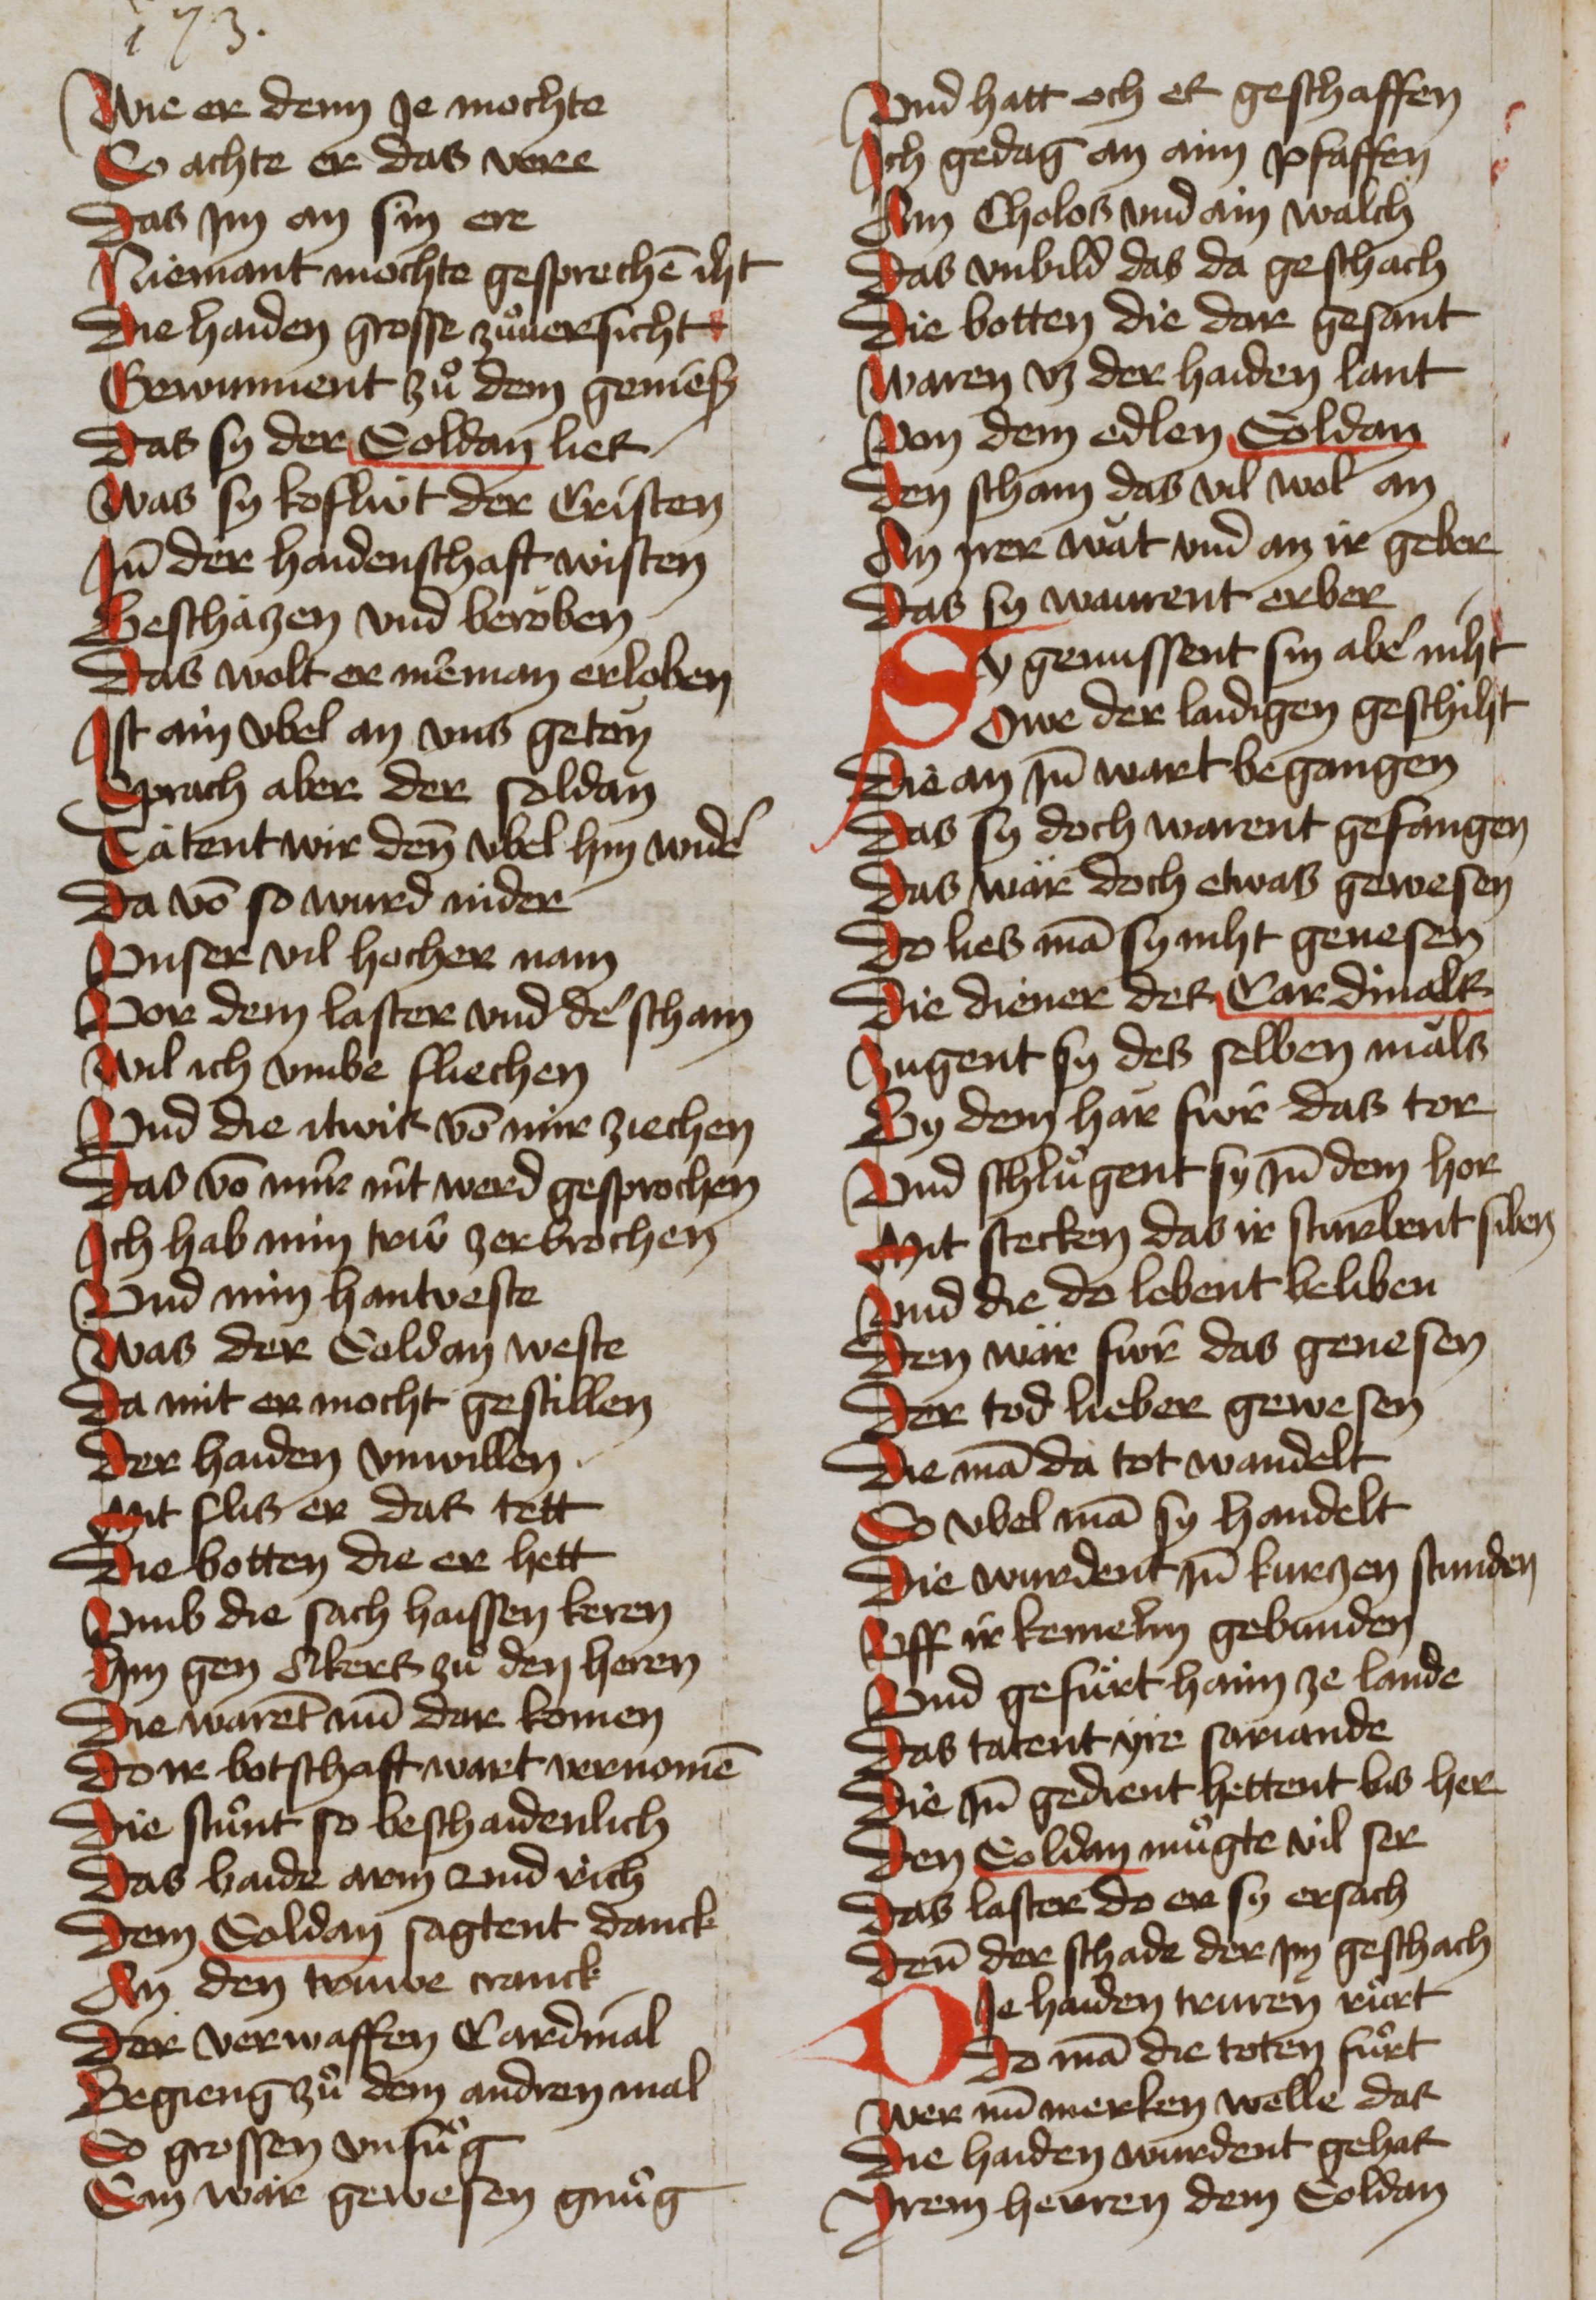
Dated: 1465–1465